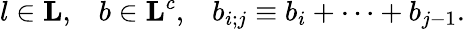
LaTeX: l\in{\mathbf L},\; \; \; b\in{\mathbf L}^{c},\; \; \; b_{i;j}\equiv b_{i}+\cdots+b_{j-1}.